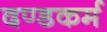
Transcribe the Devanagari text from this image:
दण्डकर्म